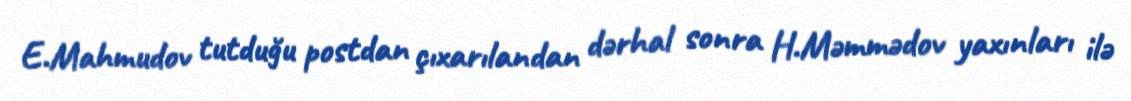
E.Mahmudov tutduğu postdan çıxarılandan dərhal sonra H.Məmmədov yaxınları ilə